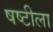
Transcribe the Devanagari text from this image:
षष्टीला